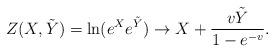
LaTeX: \begin{align*}Z(X,\tilde Y)=\ln( e^X e^{\tilde Y} ) \to X + {v \tilde Y\over 1-e^{-v}}.\end{align*}